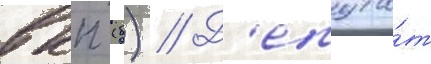
вкп (б) // Д'епута́т